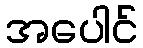
အပေါင်